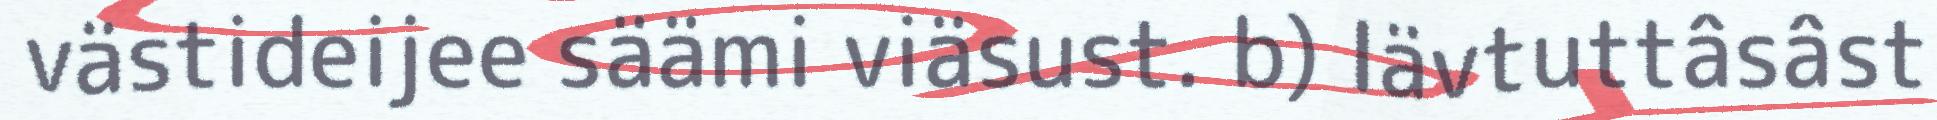
västideijee säämi viäsust. b) Iävtuttâsâst